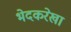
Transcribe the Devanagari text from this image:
भेदकरेखा